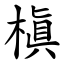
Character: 槇